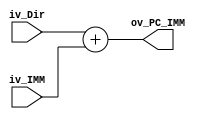
module ADD_PC_IMM(
	input [31:0] iv_Dir,
	input [31:0] iv_IMM,
	output [31:0] ov_PC_IMM

);

assign	ov_PC_IMM = iv_Dir + iv_IMM;

endmodule